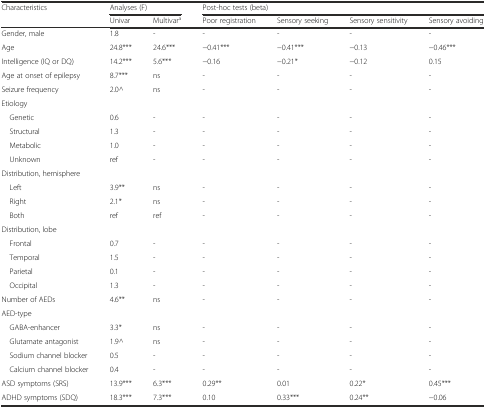
| Characteristics | <COLSPAN=2> Analyses (F) | <COLSPAN=4> Post-hoc tests (beta) |
 |  | Univar | Multivara | Poor registration | Sensory seeking | Sensory sensitivity | Sensory avoiding |
 | --- | --- | --- | --- | --- | --- | --- |
 | Gender, male | 1.8 | - | - | - | - | - |
 | Age | 24.8*** | 24.6*** | −0.41*** | −0.41*** | −0.13 | −0.46*** |
 | Intelligence (IQ or DQ) | 14.2*** | 5.6*** | −0.16 | −0.21* | −0.12 | 0.15 |
 | Age at onset of epilepsy | 8.7*** | ns | - | - | - | - |
 | Seizure frequency | 2.0^ | ns | - | - | - | - |
 | Etiology |  |  |  |  |  |  |
 | Genetic | 0.6 | - | - | - | - | - |
 | Structural | 1.3 | - | - | - | - | - |
 | Metabolic | 1.0 | - | - | - | - | - |
 | Unknown | ref | - | - | - | - | - |
 | Distribution, hemisphere |  |  |  |  |  |  |
 | Left | 3.9** | ns | - | - | - | - |
 | Right | 2.1* | ns | - | - | - | - |
 | Both | ref | ref | - | - | - | - |
 | Distribution, lobe |  |  |  |  |  |  |
 | Frontal | 0.7 | - | - | - | - | - |
 | Temporal | 1.5 | - | - | - | - | - |
 | Parietal | 0.1 | - | - | - | - | - |
 | Occipital | 1.3 | - | - | - | - | - |
 | Number of AEDs | 4.6** | ns | - | - | - | - |
 | AED-type |  |  |  |  |  |  |
 | GABA-enhancer | 3.3* | ns | - | - | - | - |
 | Glutamate antagonist | 1.9^ | ns | - | - | - | - |
 | Sodium channel blocker | 0.5 | - | - | - | - | - |
 | Calcium channel blocker | 0.4 | - | - | - | - | - |
 | ASD symptoms (SRS) | 13.9*** | 6.3*** | 0.29** | 0.01 | 0.22* | 0.45*** |
 | ADHD symptoms (SDQ) | 18.3*** | 7.3*** | 0.10 | 0.33*** | 0.24** | −0.06 |